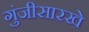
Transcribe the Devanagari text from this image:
गुंजीसारखे